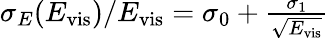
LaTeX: \begin{array}{r}{\sigma_{E}(E_{\mathrm{vis}})/E_{\mathrm{vis}}=\sigma_{0}+\frac{\sigma_{1}}{\sqrt{E_{\mathrm{vis}}}}}\end{array}